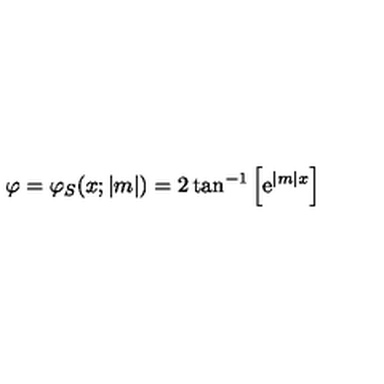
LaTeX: \varphi = \varphi _ { S } ( x ; | m | ) = 2 \tan ^ { - 1 } \left[ \mathrm { e } ^ { | m | x } \right]